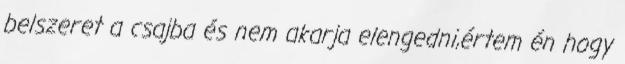
belszeret a csajba és nem akarja elengedni,értem én hogy